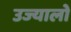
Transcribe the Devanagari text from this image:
उज्यालो